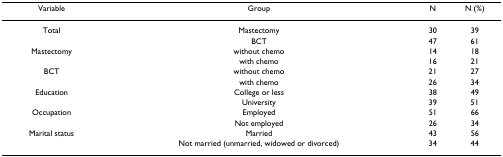
| Variable | Group | N | N (%) |
 | --- | --- | --- | --- |
 | Total | Mastectomy | 30 | 39 |
 |  | BCT | 47 | 61 |
 | Mastectomy | without chemo | 14 | 18 |
 |  | with chemo | 16 | 21 |
 | BCT | without chemo | 21 | 27 |
 |  | with chemo | 26 | 34 |
 | Education | College or less | 38 | 49 |
 |  | University | 39 | 51 |
 | Occupation | Employed | 51 | 66 |
 |  | Not employed | 26 | 34 |
 | Marital status | Married | 43 | 56 |
 |  | Not married (unmarried, widowed or divorced) | 34 | 44 |